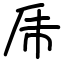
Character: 乕